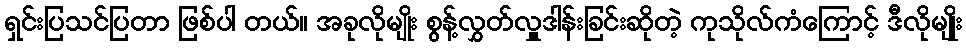
ရှင်းပြသင်ပြတာ ဖြစ်ပါ တယ်။ အခုလိုမျိုး စွန့်လွှတ်လှူဒါန်းခြင်းဆိုတဲ့ ကုသိုလ်ကံကြောင့် ဒီလိုမျိုး